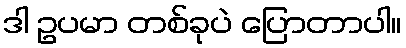
ဒါ ဥပမာ တစ်ခုပဲ ပြောတာပါ။